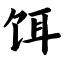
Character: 饵